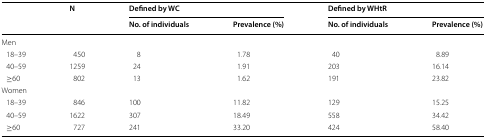
<table><thead><tr><td rowspan="2"></td><td rowspan="2"><b>N</b></td><td colspan="2"><b>Defined by WC</b></td><td colspan="2"><b>Defined by WHtR</b></td></tr><tr><td><b>No. of individuals</b></td><td><b>Prevalence (%)</b></td><td><b>No. of individuals</b></td><td><b>Prevalence (%)</b></td></tr></thead><tbody><tr><td colspan="6">Men</td></tr><tr><td> 18–39</td><td>450</td><td>8</td><td>1.78</td><td>40</td><td>8.89</td></tr><tr><td> 40–59</td><td>1259</td><td>24</td><td>1.91</td><td>203</td><td>16.14</td></tr><tr><td> ≥60</td><td>802</td><td>13</td><td>1.62</td><td>191</td><td>23.82</td></tr><tr><td colspan="6">Women</td></tr><tr><td> 18–39</td><td>846</td><td>100</td><td>11.82</td><td>129</td><td>15.25</td></tr><tr><td> 40–59</td><td>1622</td><td>307</td><td>18.49</td><td>558</td><td>34.42</td></tr><tr><td> ≥60</td><td>727</td><td>241</td><td>33.20</td><td>424</td><td>58.40</td></tr></tbody></table>